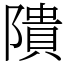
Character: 隤